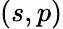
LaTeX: (s,p)